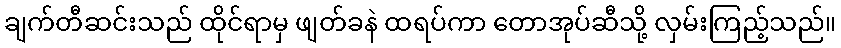
ချက်တီဆင်းသည် ထိုင်ရာမှ ဖျတ်ခနဲ ထရပ်ကာ တောအုပ်ဆီသို့ လှမ်းကြည့်သည်။